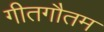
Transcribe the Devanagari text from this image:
गीतगौतम